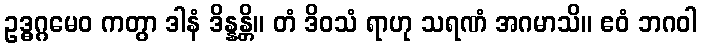
ဥဒ္ဓဂ္ဂမေဝ ကတွာ ဒါနံ ဒိန္နန္တိ။ တံ ဒိဝသံ ရာဟု သရဏံ အဂမာသိ။ ဧဝံ ဘဂဝါ